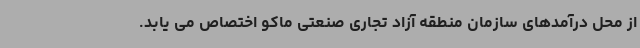
از محل درآمدهای سازمان منطقه آزاد تجاری صنعتی ماکو اختصاص می یابد.